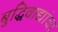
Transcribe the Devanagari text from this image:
बुद्धिवाद्यांचा